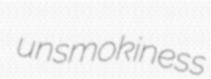
unsmokiness